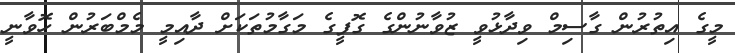
މީގެ އިތުރުން ގާސިމް ވިދާޅުވީ ޒުވާނުންގެ ގޮފީގެ މަގާމުތަކަށް ދާއިމީ މެމްބަރުން ހޮވާނީ